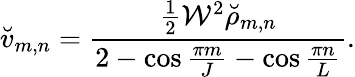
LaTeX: \breve{v}_{m,n}=\frac{\frac{1}{2}\mathcal{W}^{2}{\breve{\rho}}_{m,n}}{2-\cos\frac{\pi m}{J}-\cos\frac{\pi n}{L}}.